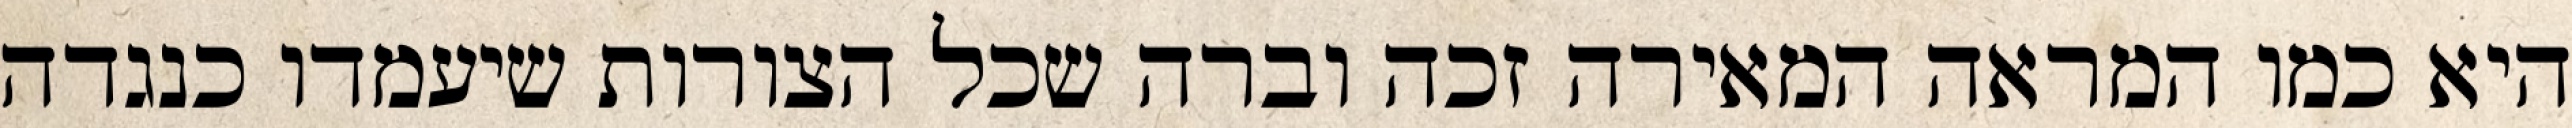
היא כמו המראה המאירה זכה וברה שכל הצורות שיעמדו כנגדה